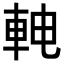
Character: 𬧳